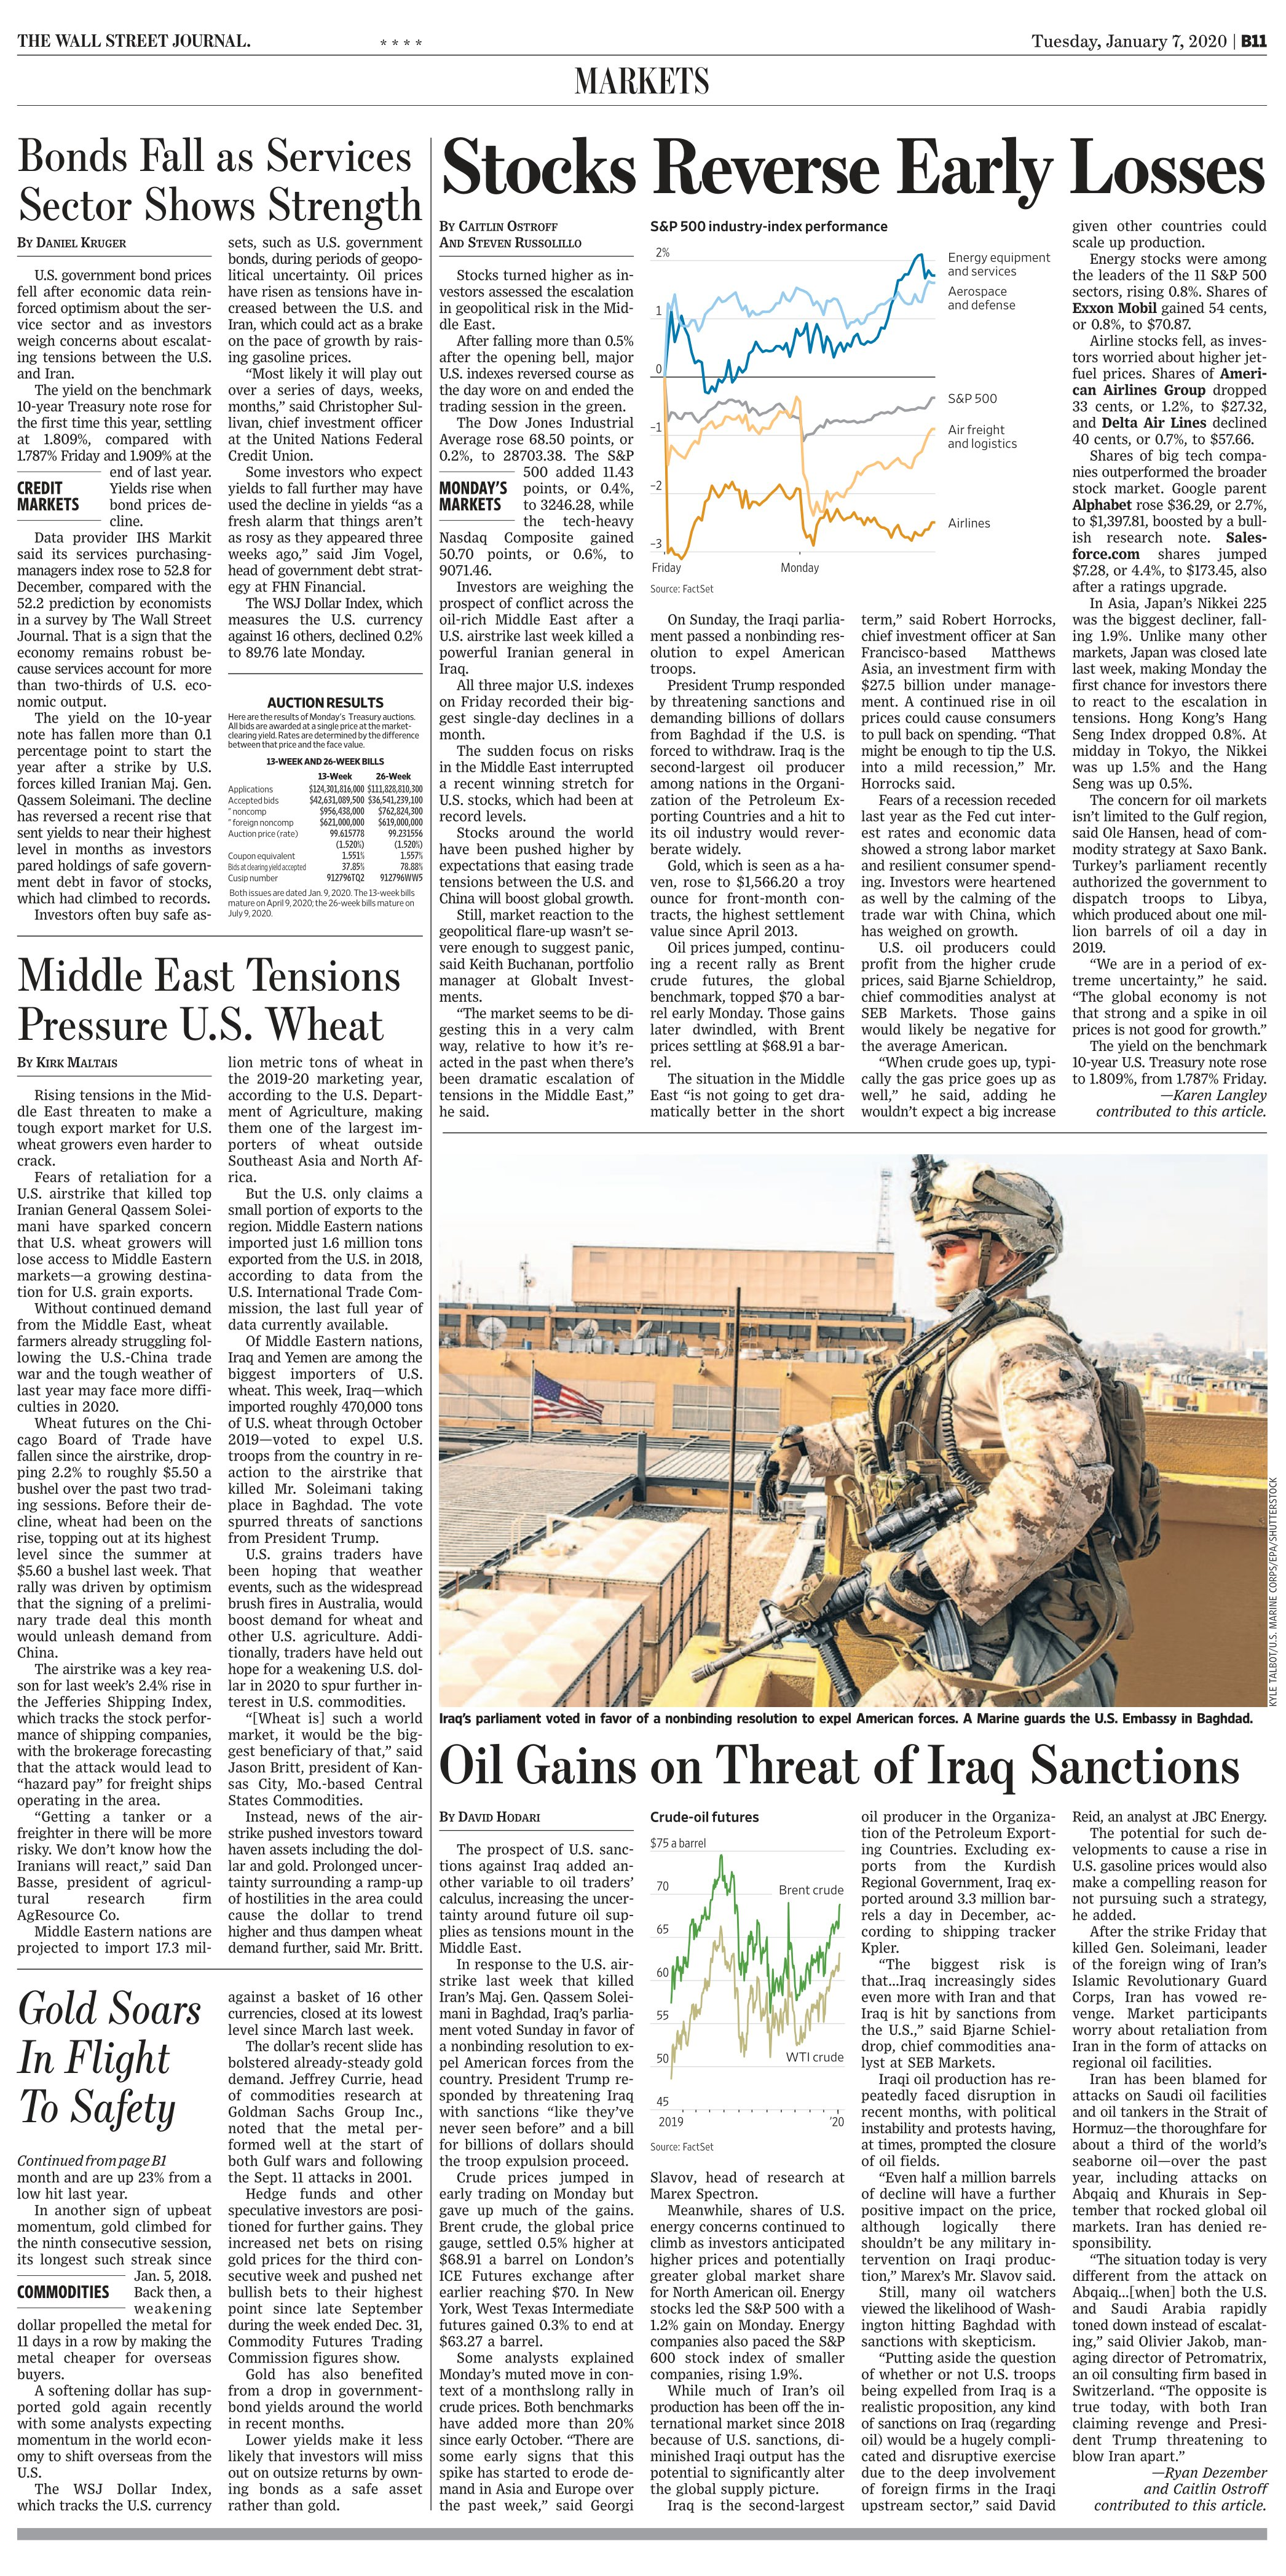
Language: en